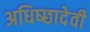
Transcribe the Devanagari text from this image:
अधिष्छादेवी